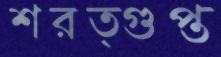
শরত্গুপ্ত